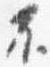
不